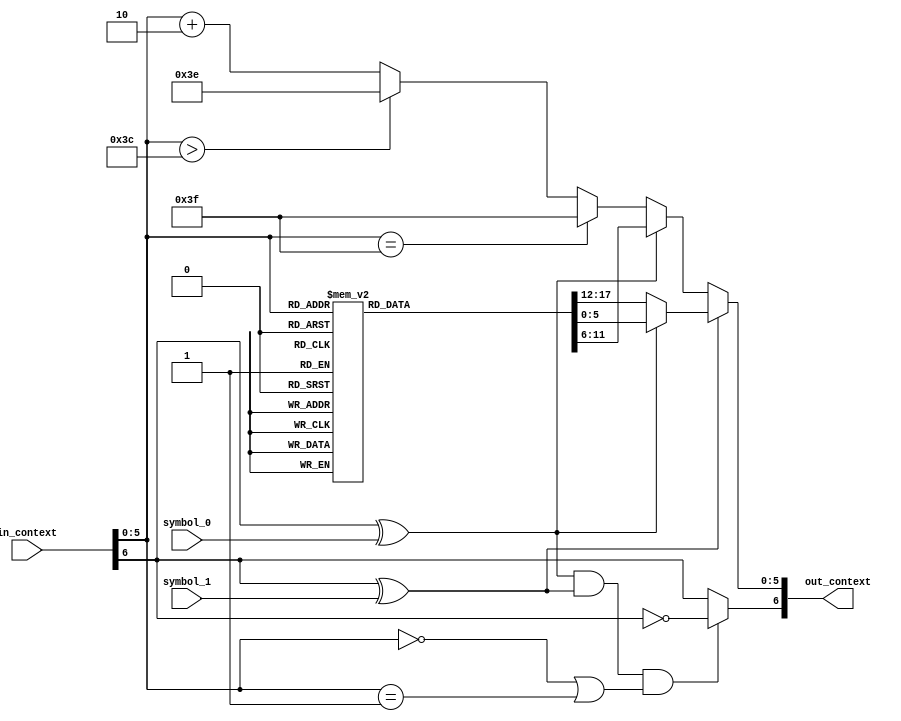
//-----------------------------------------------------------------------------------------------------------------------------
//
//  COPYRIGHT (C) 2011, VIPcore Group, Fudan University
//
//  THIS FILE MAY NOT BE MODIFIED OR REDISTRIBUTED WITHOUT THE
//  EXPRESSED WRITTEN CONSENT OF VIPcore Group
//
//  VIPcore       : http://soc.fudan.edu.cn/vip
//  IP Owner      : Yibo FAN
//  Contact       : fanyibo@fudan.edu.cn
//-----------------------------------------------------------------------------------------------------------------------------
// Description    : update context table
// DATA & EDITION:  2017/12/26    from waseda
//                  2018/3/01   edit by liwei
// $Id$
//-----------------------------------------------------------------------------------------------------------------------------


module cabac_ucontext_tt(
           in_context,
           symbol_0,
           symbol_1,
           out_context
       );


//input and output signals //{
input       [6:0]   in_context;
input               symbol_0;
input               symbol_1;
output  wire[6:0]   out_context;
//}


//signals //{
wire                mps;
wire        [5:0]   pstateidx;
wire                mps_lps_0;
wire                mps_lps_1;
wire                next_mps;
reg         [5:0]   next_state_l_1;
reg         [5:0]   next_state_l_m;
reg         [5:0]   next_state_m_1;
wire        [5:0]   next_state_m_m;
wire        [5:0]   next_state;
//}


//logic //{
assign mps              =   in_context[6];
assign pstateidx        =   in_context[5:0];
assign mps_lps_0        =   mps ^ symbol_0;
assign mps_lps_1        =   mps ^ symbol_1;
assign next_mps         =   mps_lps_0 && mps_lps_1 && ((pstateidx==0)||(pstateidx==1)) ? ~mps : mps;
assign next_state       =   mps_lps_1 ? (mps_lps_0 ? next_state_l_1 : next_state_m_1) : (mps_lps_0 ? next_state_l_m : next_state_m_m);

always @(*) //next_state_l_1, next_state_l_m, next_state_m_1
begin
    next_state_l_1 = 6'b111111;
    next_state_l_m = 6'b111111;
    next_state_m_1 = 6'b111111;
    case (pstateidx)
        6'd0 :
        begin
            next_state_l_1 = 6'd1;
            next_state_l_m = 6'd0;
            next_state_m_1 = 6'd0;
        end
        6'd1 :
        begin
            next_state_l_1 = 6'd0;
            next_state_l_m = 6'd1;
            next_state_m_1 = 6'd1;
        end
        6'd2 :
        begin
            next_state_l_1 = 6'd0;
            next_state_l_m = 6'd2;
            next_state_m_1 = 6'd2;
        end
        6'd3 :
        begin
            next_state_l_1 = 6'd1;
            next_state_l_m = 6'd3;
            next_state_m_1 = 6'd2;
        end
        6'd4 :
        begin
            next_state_l_1 = 6'd1;
            next_state_l_m = 6'd3;
            next_state_m_1 = 6'd4;
        end
        6'd5 :
        begin
            next_state_l_1 = 6'd2;
            next_state_l_m = 6'd5;
            next_state_m_1 = 6'd4;
        end
        6'd6 :
        begin
            next_state_l_1 = 6'd2;
            next_state_l_m = 6'd5;
            next_state_m_1 = 6'd5;
        end
        6'd7 :
        begin
            next_state_l_1 = 6'd4;
            next_state_l_m = 6'd6;
            next_state_m_1 = 6'd6;
        end
        6'd8 :
        begin
            next_state_l_1 = 6'd4;
            next_state_l_m = 6'd7;
            next_state_m_1 = 6'd7;
        end
        6'd9 :
        begin
            next_state_l_1 = 6'd5;
            next_state_l_m = 6'd8;
            next_state_m_1 = 6'd8;
        end
        6'd10 :
        begin
            next_state_l_1 = 6'd6;
            next_state_l_m = 6'd9;
            next_state_m_1 = 6'd9;
        end
        6'd11 :
        begin
            next_state_l_1 = 6'd7;
            next_state_l_m = 6'd10;
            next_state_m_1 = 6'd9;
        end
        6'd12 :
        begin
            next_state_l_1 = 6'd7;
            next_state_l_m = 6'd10;
            next_state_m_1 = 6'd11;
        end
        6'd13 :
        begin
            next_state_l_1 = 6'd9;
            next_state_l_m = 6'd12;
            next_state_m_1 = 6'd11;
        end
        6'd14 :
        begin
            next_state_l_1 = 6'd9;
            next_state_l_m = 6'd12;
            next_state_m_1 = 6'd12;
        end
        6'd15 :
        begin
            next_state_l_1 = 6'd9;
            next_state_l_m = 6'd13;
            next_state_m_1 = 6'd13;
        end
        6'd16 :
        begin
            next_state_l_1 = 6'd11;
            next_state_l_m = 6'd14;
            next_state_m_1 = 6'd13;
        end
        6'd17 :
        begin
            next_state_l_1 = 6'd11;
            next_state_l_m = 6'd14;
            next_state_m_1 = 6'd15;
        end
        6'd18 :
        begin
            next_state_l_1 = 6'd12;
            next_state_l_m = 6'd16;
            next_state_m_1 = 6'd15;
        end
        6'd19 :
        begin
            next_state_l_1 = 6'd12;
            next_state_l_m = 6'd16;
            next_state_m_1 = 6'd16;
        end
        6'd20 :
        begin
            next_state_l_1 = 6'd13;
            next_state_l_m = 6'd17;
            next_state_m_1 = 6'd16;
        end
        6'd21 :
        begin
            next_state_l_1 = 6'd13;
            next_state_l_m = 6'd17;
            next_state_m_1 = 6'd18;
        end
        6'd22 :
        begin
            next_state_l_1 = 6'd15;
            next_state_l_m = 6'd19;
            next_state_m_1 = 6'd18;
        end
        6'd23 :
        begin
            next_state_l_1 = 6'd15;
            next_state_l_m = 6'd19;
            next_state_m_1 = 6'd19;
        end
        6'd24 :
        begin
            next_state_l_1 = 6'd15;
            next_state_l_m = 6'd20;
            next_state_m_1 = 6'd19;
        end
        6'd25 :
        begin
            next_state_l_1 = 6'd15;
            next_state_l_m = 6'd20;
            next_state_m_1 = 6'd21;
        end
        6'd26 :
        begin
            next_state_l_1 = 6'd16;
            next_state_l_m = 6'd22;
            next_state_m_1 = 6'd21;
        end
        6'd27 :
        begin
            next_state_l_1 = 6'd16;
            next_state_l_m = 6'd22;
            next_state_m_1 = 6'd22;
        end
        6'd28 :
        begin
            next_state_l_1 = 6'd18;
            next_state_l_m = 6'd23;
            next_state_m_1 = 6'd22;
        end
        6'd29 :
        begin
            next_state_l_1 = 6'd18;
            next_state_l_m = 6'd23;
            next_state_m_1 = 6'd23;
        end
        6'd30 :
        begin
            next_state_l_1 = 6'd18;
            next_state_l_m = 6'd24;
            next_state_m_1 = 6'd24;
        end
        6'd31 :
        begin
            next_state_l_1 = 6'd19;
            next_state_l_m = 6'd25;
            next_state_m_1 = 6'd24;
        end
        6'd32 :
        begin
            next_state_l_1 = 6'd19;
            next_state_l_m = 6'd25;
            next_state_m_1 = 6'd25;
        end
        6'd33 :
        begin
            next_state_l_1 = 6'd19;
            next_state_l_m = 6'd26;
            next_state_m_1 = 6'd26;
        end
        6'd34 :
        begin
            next_state_l_1 = 6'd21;
            next_state_l_m = 6'd27;
            next_state_m_1 = 6'd26;
        end
        6'd35 :
        begin
            next_state_l_1 = 6'd21;
            next_state_l_m = 6'd27;
            next_state_m_1 = 6'd27;
        end
        6'd36 :
        begin
            next_state_l_1 = 6'd21;
            next_state_l_m = 6'd28;
            next_state_m_1 = 6'd27;
        end
        6'd37 :
        begin
            next_state_l_1 = 6'd21;
            next_state_l_m = 6'd28;
            next_state_m_1 = 6'd28;
        end
        6'd38 :
        begin
            next_state_l_1 = 6'd22;
            next_state_l_m = 6'd29;
            next_state_m_1 = 6'd29;
        end
        6'd39 :
        begin
            next_state_l_1 = 6'd22;
            next_state_l_m = 6'd30;
            next_state_m_1 = 6'd29;
        end
        6'd40 :
        begin
            next_state_l_1 = 6'd22;
            next_state_l_m = 6'd30;
            next_state_m_1 = 6'd30;
        end
        6'd41 :
        begin
            next_state_l_1 = 6'd23;
            next_state_l_m = 6'd31;
            next_state_m_1 = 6'd30;
        end
        6'd42 :
        begin
            next_state_l_1 = 6'd23;
            next_state_l_m = 6'd31;
            next_state_m_1 = 6'd30;
        end
        6'd43 :
        begin
            next_state_l_1 = 6'd23;
            next_state_l_m = 6'd31;
            next_state_m_1 = 6'd31;
        end
        6'd44 :
        begin
            next_state_l_1 = 6'd24;
            next_state_l_m = 6'd32;
            next_state_m_1 = 6'd32;
        end
        6'd45 :
        begin
            next_state_l_1 = 6'd24;
            next_state_l_m = 6'd33;
            next_state_m_1 = 6'd32;
        end
        6'd46 :
        begin
            next_state_l_1 = 6'd24;
            next_state_l_m = 6'd33;
            next_state_m_1 = 6'd33;
        end
        6'd47 :
        begin
            next_state_l_1 = 6'd25;
            next_state_l_m = 6'd34;
            next_state_m_1 = 6'd33;
        end
        6'd48 :
        begin
            next_state_l_1 = 6'd25;
            next_state_l_m = 6'd34;
            next_state_m_1 = 6'd33;
        end
        6'd49 :
        begin
            next_state_l_1 = 6'd25;
            next_state_l_m = 6'd34;
            next_state_m_1 = 6'd34;
        end
        6'd50 :
        begin
            next_state_l_1 = 6'd26;
            next_state_l_m = 6'd35;
            next_state_m_1 = 6'd34;
        end
        6'd51 :
        begin
            next_state_l_1 = 6'd26;
            next_state_l_m = 6'd35;
            next_state_m_1 = 6'd35;
        end
        6'd52 :
        begin
            next_state_l_1 = 6'd26;
            next_state_l_m = 6'd36;
            next_state_m_1 = 6'd35;
        end
        6'd53 :
        begin
            next_state_l_1 = 6'd26;
            next_state_l_m = 6'd36;
            next_state_m_1 = 6'd35;
        end
        6'd54 :
        begin
            next_state_l_1 = 6'd26;
            next_state_l_m = 6'd36;
            next_state_m_1 = 6'd36;
        end
        6'd55 :
        begin
            next_state_l_1 = 6'd27;
            next_state_l_m = 6'd37;
            next_state_m_1 = 6'd36;
        end
        6'd56 :
        begin
            next_state_l_1 = 6'd27;
            next_state_l_m = 6'd37;
            next_state_m_1 = 6'd36;
        end
        6'd57 :
        begin
            next_state_l_1 = 6'd27;
            next_state_l_m = 6'd37;
            next_state_m_1 = 6'd37;
        end
        6'd58 :
        begin
            next_state_l_1 = 6'd27;
            next_state_l_m = 6'd38;
            next_state_m_1 = 6'd37;
        end
        6'd59 :
        begin
            next_state_l_1 = 6'd27;
            next_state_l_m = 6'd38;
            next_state_m_1 = 6'd37;
        end
        6'd60 :
        begin
            next_state_l_1 = 6'd27;
            next_state_l_m = 6'd38;
            next_state_m_1 = 6'd38;
        end
        6'd61 :
        begin
            next_state_l_1 = 6'd28;
            next_state_l_m = 6'd39;
            next_state_m_1 = 6'd38;
        end
        6'd62 :
        begin
            next_state_l_1 = 6'd28;
            next_state_l_m = 6'd39;
            next_state_m_1 = 6'd38;
        end
        default:
        begin
            next_state_l_1 = 6'b111111;
            next_state_l_m = 6'b111111;
            next_state_m_1 = 6'b111111;
        end
    endcase
end

assign next_state_m_m   =   (pstateidx==63) ? 63 : ((pstateidx>60) ? 62 : pstateidx + 2);

assign out_context      =   {next_mps, next_state};
//}

endmodule